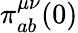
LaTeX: \pi_{ab}^{\mu\nu}(0)